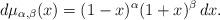
LaTeX: \begin{align*}d\mu_{\alpha,\beta}(x)=(1-x)^\alpha(1+x)^{\beta}\,dx.\end{align*}